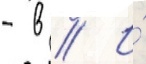
- в // И́